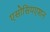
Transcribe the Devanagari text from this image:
एसोसियएशन